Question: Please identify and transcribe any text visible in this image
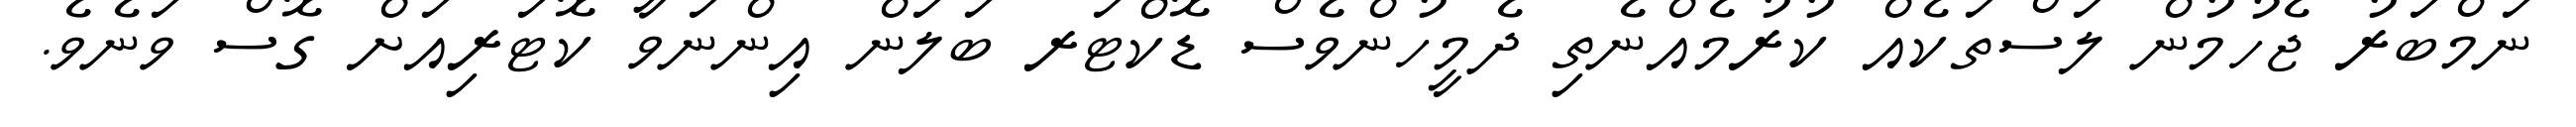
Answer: ނަމްބަރު ޖެހުމުން ލަސްތަކެއް ކުރުމެއްނެތި ދެމީހުންވެސް ޑޮކްޓަރ ބަލަން އިންނަވާ ކޮޓަރިއަށް ގޮސް ވަނެވެ.